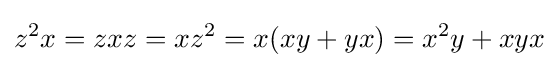
z^{2}x=zxz=xz^{2}=x(xy+yx)=x^{2}y+xyx